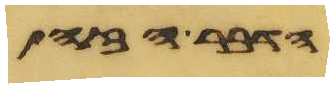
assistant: הדבר הזה